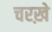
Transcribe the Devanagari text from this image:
चरख़े